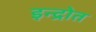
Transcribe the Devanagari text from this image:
इन्द्रोत